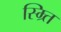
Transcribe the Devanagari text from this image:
स्म्र्ति